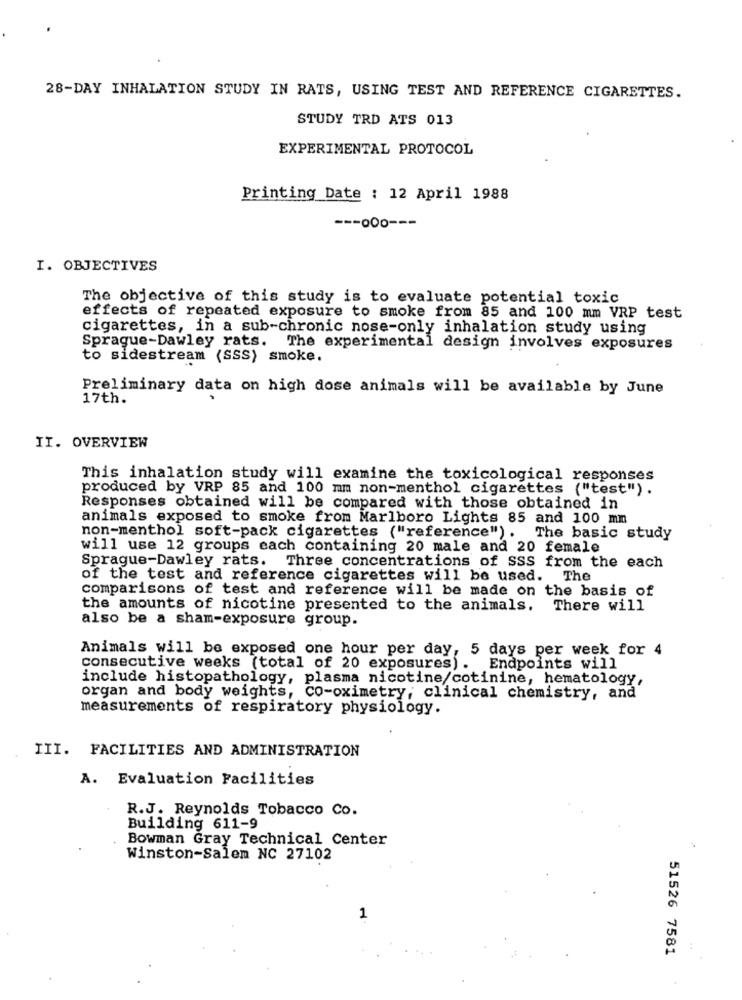
28-DAY INHALATION STUDY IN RATS, USING TEST AND REFERENCE CIGARETTES.
STUDY TRD ATS 013
EXPERIMENTAL PROTOCOL
Printing Date : 12 April 1988
--- 000 ---
I. OBJECTIVES
The objective of this study is to evaluate potential toxic
effects of repeated exposure to smoke from 85 and 100 mm VRP test
cigarettes, in a sub-chronic nose-only inhalation study using
Sprague-Dawley rats.
The experimental design involves exposures
to sidestream (SSS) smoke.
Preliminary data on high dose animals will be available by June
17th.
II. OVERVIEW
This inhalation study will examine the toxicological responses
produced by VRP 85 and 100 mm non-menthol cigarettes ("test").
Responses obtained will be compared with those obtained in
animals exposed to smoke from Marlboro Lights 85 and 100 mm
non-menthol soft-pack cigarettes ("reference"). The basic study
will use 12 groups each containing 20 male and 20 female
Sprague-Dawley rats. Three concentrations of SSS from the each
of the test and reference cigarettes will be used. The
comparisons of test and reference will be made on the basis of
the amounts of nicotine presented to the animals. There will
also be a sham-exposure group.
Animals will be exposed one hour per day, 5 days per week for 4
consecutive weeks (total of 20 exposures). Endpoints will
include histopathology, plasma nicotine/cotinine, hematology,
organ and body weights, Co-oximetry, clinical chemistry, and
measurements of respiratory physiology.
III. FACILITIES AND ADMINISTRATION
A. Evaluation Facilities
R.J. Reynolds Tobacco Co.
Building 611-9
Bowman Gray Technical Center
Winston-Salem NC 27102
1
51526 7581